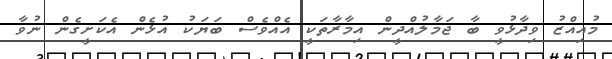
މުއިއްޒު ވިދާޅުވީ ބާ ޖަމާލުއްދީން އިމާރާތަކީ އެއްވެސް ބަޔަކު އުޅެން އެކަށީގެން ނުވާ